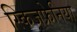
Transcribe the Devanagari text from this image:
स्किजफ्रेनिया